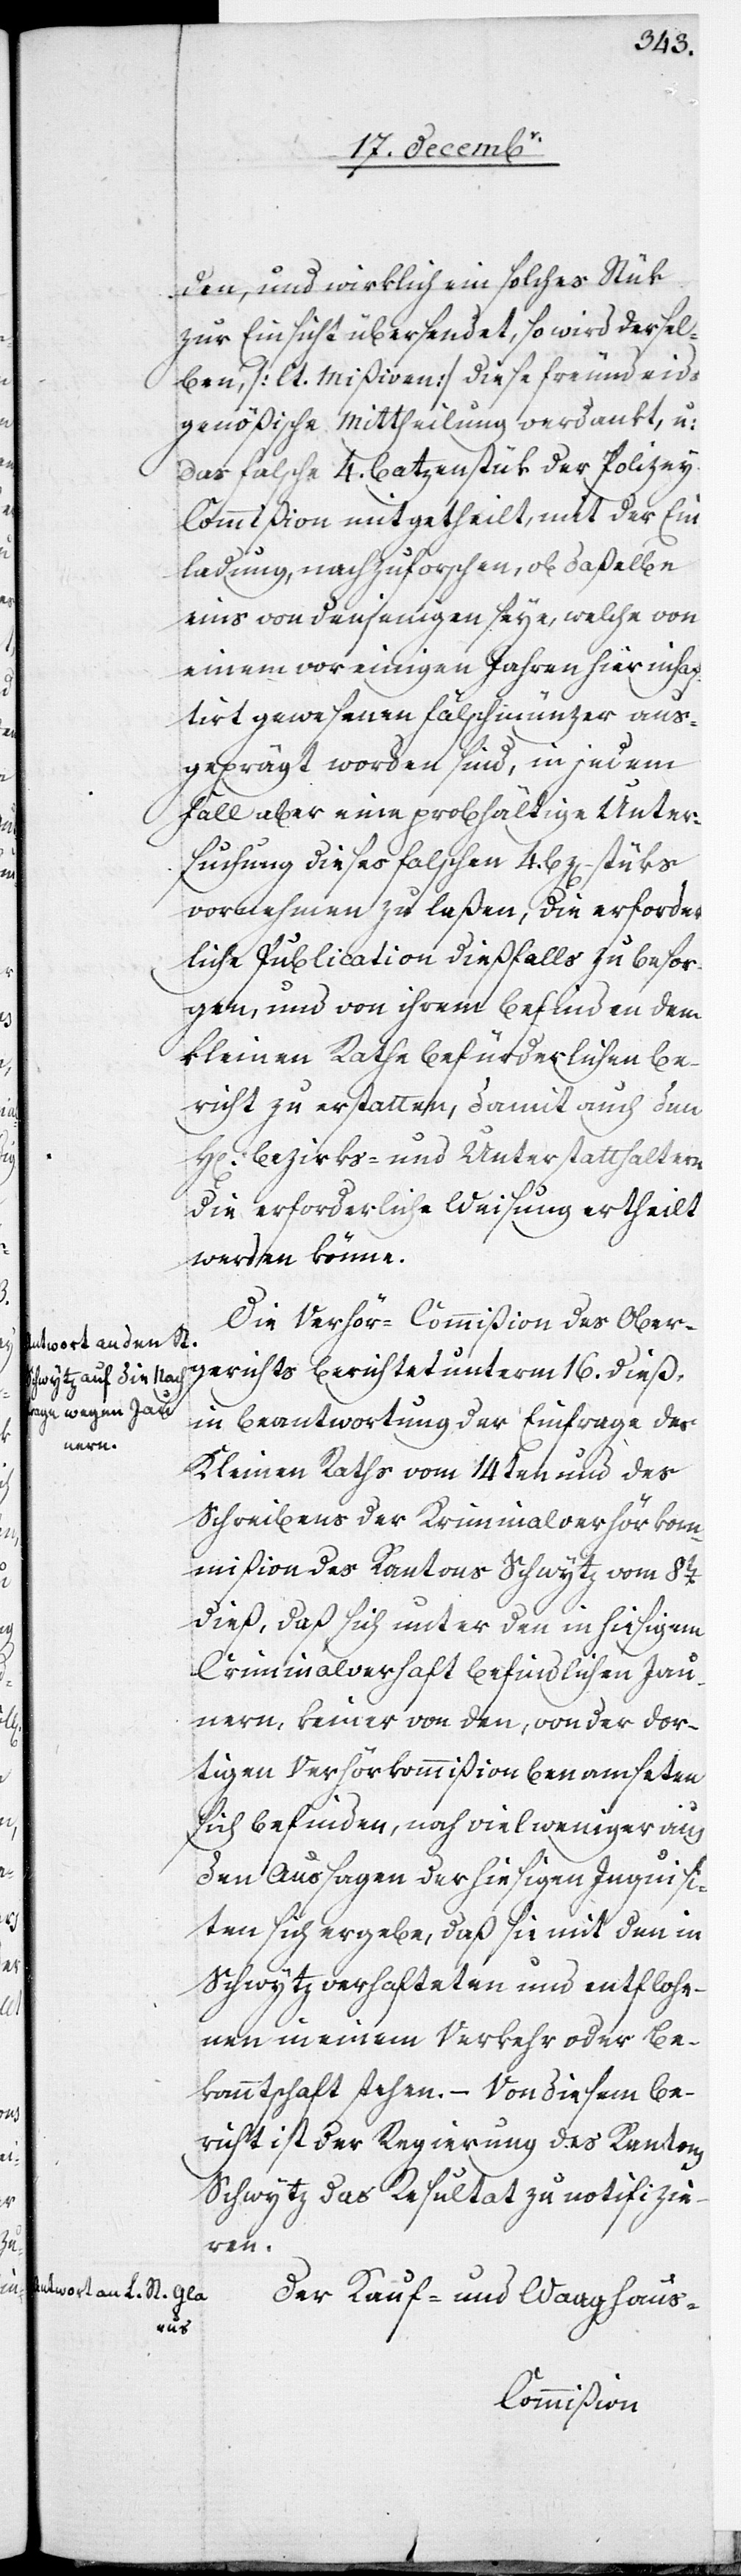
den, und wirklich ein solches Stük
zur Einsicht übersendet, so wird dersel¬
ben, [lt. Mißiven] diese freundeids¬
genößische Mittheilung verdankt, u:
das falsche 4. Batzen-Stük der Polize¬
y[-]Commißion mitgetheilt, mit der Ein¬
ladung, nachzuforschen, ob daßelbe
eins von denjenigen seye, welche von
einem vor einigen Jahren hier inhaf¬
tirt gewesenen Falschmünzer aus¬
geprägt worden sind, in jedem
Fall aber eine probhältige Unter¬
suchung dieses falschen 4. Bz[en]-Stüks
vornehmen zu laßen, die erforder¬
liche Publication dießfalls zu besor¬
gen, und von ihrem Befinden dem
Kleinen Rathe befürderlichen Be¬
richt zu erstatten, damit auch den
Bezirks- und Unterstatthaltern
die erforderliche Weisung ertheilt
werden könne.
Die Verhör-Commißion des Ober¬
gerichts berichtet unterm 16. dieß,
in Beantwortung der Einfrage des
Kleinen Raths vom 14ten und des
Schreibens der Kriminalverhörkom¬
mißion des Kantons Schwytz vom 8t[en]
dieß, daß sich unter den in hiesigem
Criminalverhaft befindlichen Jau¬
nern, keiner von den, von der dor¬
tigen Verhörkommißion Benamseten
sich befinden, noch viel weniger aus
den Aussagen der hiesigen Inquisi¬
ten sich ergebe, daß sie mit den in
Schwytz verhafteten und entflohe¬
nen in einem Verkehr oder Be¬
kanntschaft stehen. – Von diesem Be¬
richt ist der Regierung des Kantons
Schwytz das Resultat zu notifizie¬
ren.
Der Kauf- und Waaghaus-